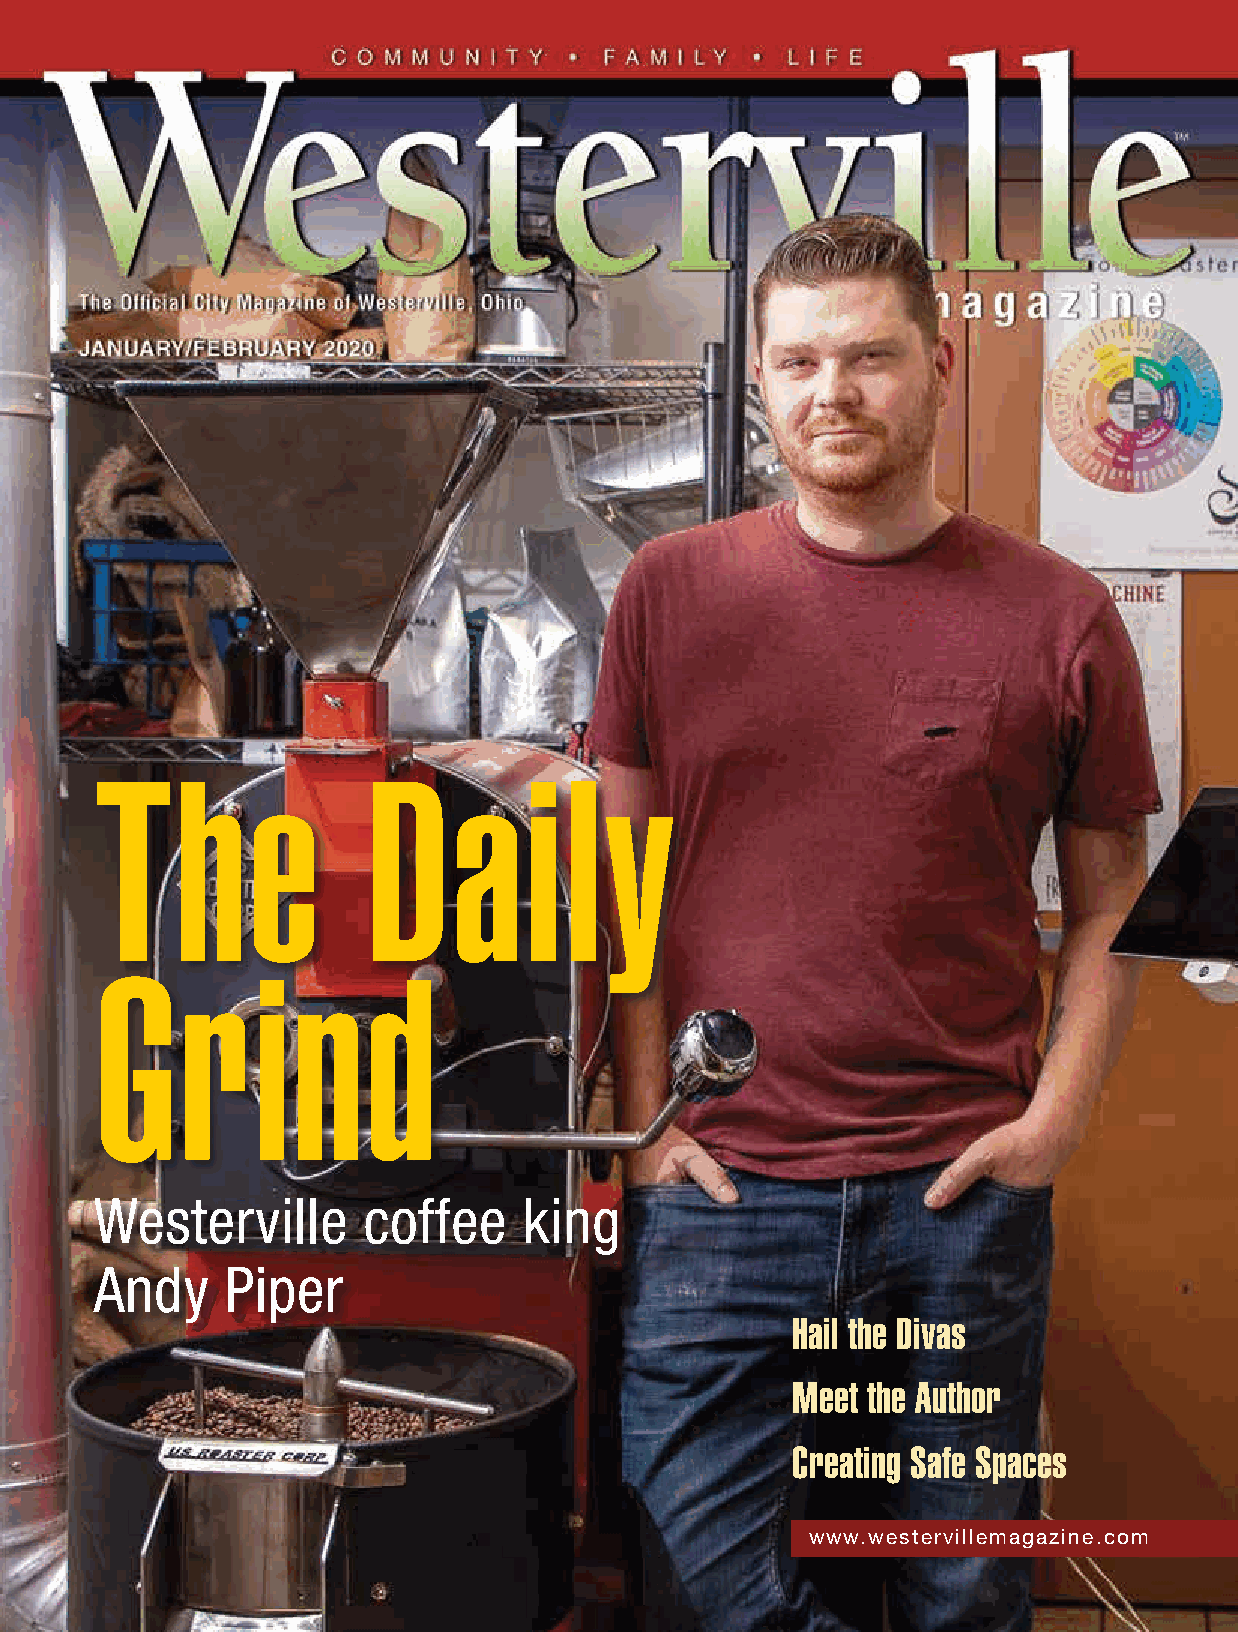
The               Daily
 Grind
 Westerville       coffee     king
 Andy     Piper
 Hail the Divas
 Meet the Author
 Creating Safe Spaces
 www.westervillemagazine.com